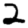
Digit: 2